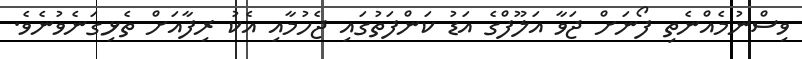
ވިސްނުމެއްނެތި ފޯނަށް ޖަވާ އަލޫފްގެ އަޑު ކަންފަތުގައި ޖެހުމާއި އެކު ރިފާއަށް ތެޅިގަނެވުނެވެ.